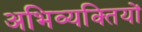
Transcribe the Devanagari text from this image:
अभिव्यक्‍तियों